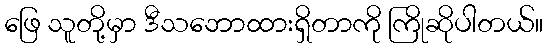
ဖြေ သူတို့မှာ ဒီသဘောထားရှိတာကို ကြိုဆိုပါတယ်။